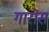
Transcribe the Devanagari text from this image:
गारोस